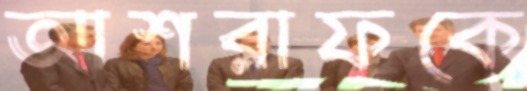
আশরাফকে